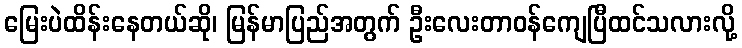
မြေးပဲထိန်းနေတယ်ဆို၊ မြန်မာပြည်အတွက် ဦးလေးတာဝန်ကျေပြီထင်သလားလို့